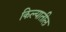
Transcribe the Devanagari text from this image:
किल्यातील